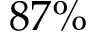
8 7 \%